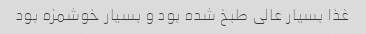
غذا بسیار عالی طبخ شده بود و بسیار خوشمزه بود